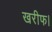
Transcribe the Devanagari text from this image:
खरीफ।